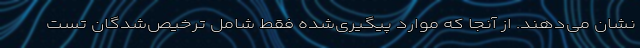
نشان می‌دهند. از آنجا که موارد پیگیری‌شده فقط شامل ترخیص‌شدگان تست